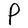
Character: P